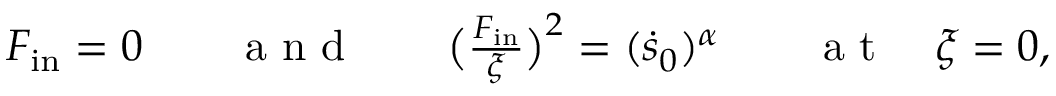
\begin{array} { r l r } { F _ { \mathrm { i n } } = 0 \qquad \mathrm { ~ a ~ n ~ d ~ } \qquad \big ( \frac { \d F _ { \mathrm { i n } } } { \d \xi } \big ) ^ { 2 } = ( \dot { s } _ { 0 } ) ^ { \alpha } } & { { } } & { \mathrm { ~ a ~ t ~ } \quad \xi = 0 , } \end{array}